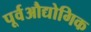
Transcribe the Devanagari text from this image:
पूर्वऔद्योगिक